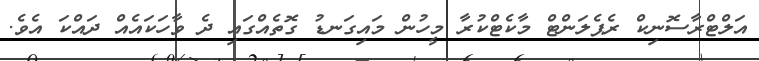
އަލްޓްރާސޮނިކް ރެޕެލަންޓް މާކެޓްކުރާ މީހުން މައިގަނޑު ގޮތެއްގައި ދެ ވާހަކައެއް ދައްކަ އެވެ.